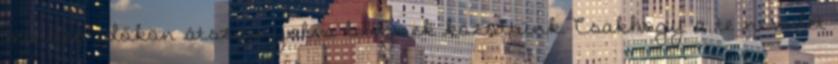
minden időkön átszárnyalva lebegnek közöttünk. Csakhogy a te nevedet